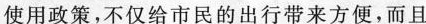
使用政策，不仅给市民的出行带来方便，而且